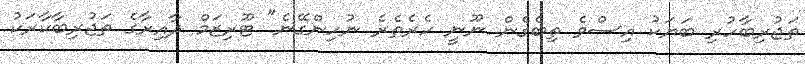
ތަޖުރިބާހުރި ބަޔަކު އިސްވެ ތިބެގެން ނޫނީ ހެރެތެރެ ނުހިންގޭނެ" ޓޫރިޒަމް ދާއިރާގެ ތަޖުރިބާކާރަކު